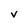
Character: V